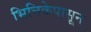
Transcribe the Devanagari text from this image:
भित्तिकेपासून